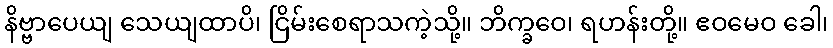
နိဗ္ဗာပေယျ သေယျထာပိ၊ ငြိမ်းစေရာသကဲ့သို့။ ဘိက္ခဝေ၊ ရဟန်းတို့။ ဧဝမေဝ ခေါ၊